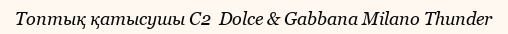
Топтық қатысушы C2  Dolce & Gabbana Milano Thunder